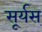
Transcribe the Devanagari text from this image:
सूर्यस्